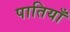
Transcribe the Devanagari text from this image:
पातियाँ